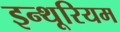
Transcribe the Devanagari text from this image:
इन्थूरियम